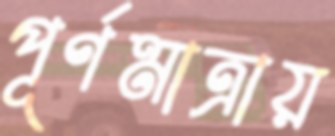
পূর্ণমাত্রায়